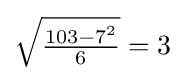
{\sqrt {\tfrac {103-7^{2}}{6}}}=3